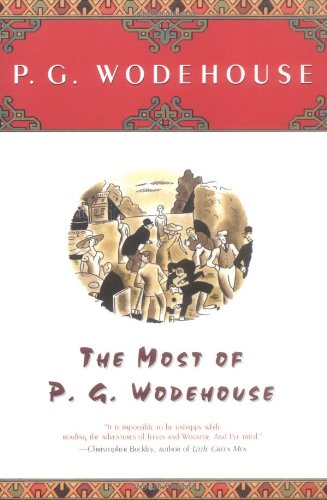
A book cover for The Most Of P.G. Wodehouse; P.G. Wodehouse; Literature & Fiction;